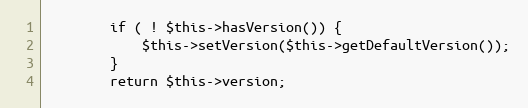
Language: PHP
        if ( ! $this->hasVersion()) {
            $this->setVersion($this->getDefaultVersion());
        }
        return $this->version;